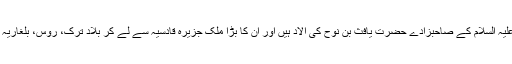
کچھ مؤرخوں اور محققوں کی تحقیق کے مطابق گجر حضرت نوح علیہ السلام کے صاحبزادے حضرت یافث بن نوح کی الاد ہیں اور ان کا بڑا ملک جزیرہ قادسیہ سے لے کر بلاد تُرک، روس، بلغاریہ اور دربند دیوارِ ذوالقرنین تک پھیلا ہوا تھا اور ان کی اپنی زبان تھی۔